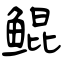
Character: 鲲